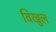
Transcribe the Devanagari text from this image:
विखुल